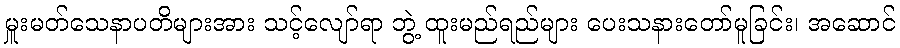
မှူးမတ်သေနာပတိများအား သင့်လျော်ရာ ဘွဲ့ ထူးမည်ရည်များ ပေးသနားတော်မူခြင်း၊ အဆောင်